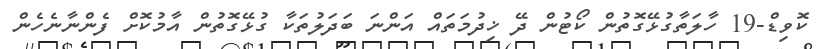
ކޮވިޑް-19 ހާލަތާގުޅޭގޮތުން ކޯޓުން ދޭ ޚިދުމަތައް އަންނަ ބަދަލުތަކާ ގުޅޭގޮތުން އާމުކޮށް ފެންނާނެހެން